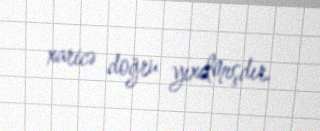
xaricə doğru yıxılmışdır.